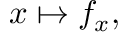
x \mapsto f _ { x } ,